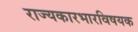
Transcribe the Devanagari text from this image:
राज्यकारभारविषयक